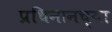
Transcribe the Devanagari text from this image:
प्रथिनानच्या